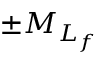
\pm { M } _ { L _ { f } }